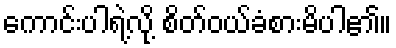
ကောင်းပါရဲ့လို့ စိတ်ဝယ်ခံစားမိပါ၏။